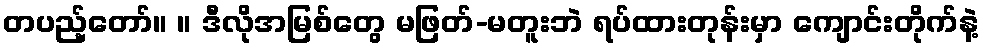
တပည့်တော်။ ။ ဒီလိုအမြစ်တွေ မဖြတ်-မတူးဘဲ ရပ်ထားတုန်းမှာ ကျောင်းတိုက်နဲ့